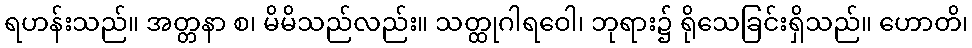
ရဟန်းသည်။ အတ္တနာ စ၊ မိမိသည်လည်း။ သတ္ထုဂါရဝေါ၊ ဘုရား၌ ရိုသေခြင်းရှိသည်။ ဟောတိ၊